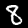
Label: 8